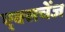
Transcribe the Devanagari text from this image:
ए्क्सचेंज